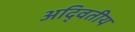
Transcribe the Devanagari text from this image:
अदि्वतीय